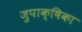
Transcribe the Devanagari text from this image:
जुपाक्षिका